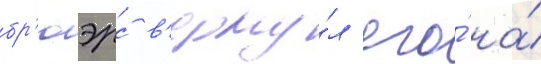
бр'юэрс в'ерну́л его́ на́